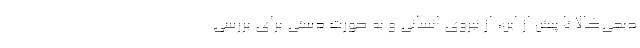
دیجی‌کالا تا پیش از این، از نیروی انسانی و به صورت دستی برای بررسی